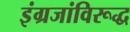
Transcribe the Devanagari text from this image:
इंग्रजांविरूद्ध